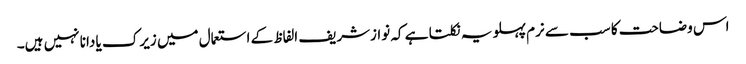
اس وضاحت کا سب سے نرم پہلو یہ نکلتا ہے کہ نوازشریف الفاظ کے استعمال میں زیرک یا دانا نہیں ہیں۔